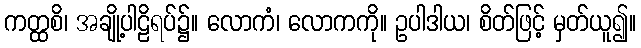
ကတ္ထစိ၊ အချို့ပါဠိရပ်၌။ လောကံ၊ လောကကို။ ဥပါဒါယ၊ စိတ်ဖြင့် မှတ်ယူ၍။